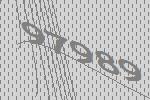
97989